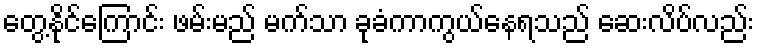
တွေ့နိုင်ကြောင်း ဖမ်းမည် မက်သာ ခုခံကာကွယ်နေရသည် ဆေးလိပ်လည်း